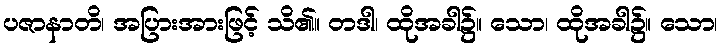
ပဇာနာတိ၊ အပြားအားဖြင့် သိ၏။ တဒါ၊ ထိုအခါ၌။ သော၊ ထိုအခါ၌။ သော၊